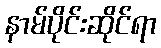
နာမ်ပိုင်းဆိုင်ရာ